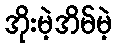
အိုးမဲ့အိမ်မဲ့